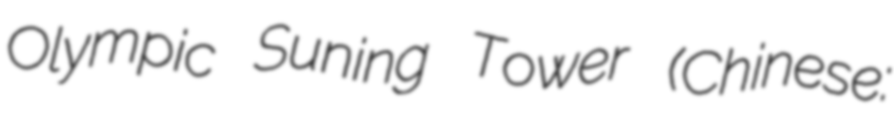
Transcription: Olympic Suning Tower (Chinese: